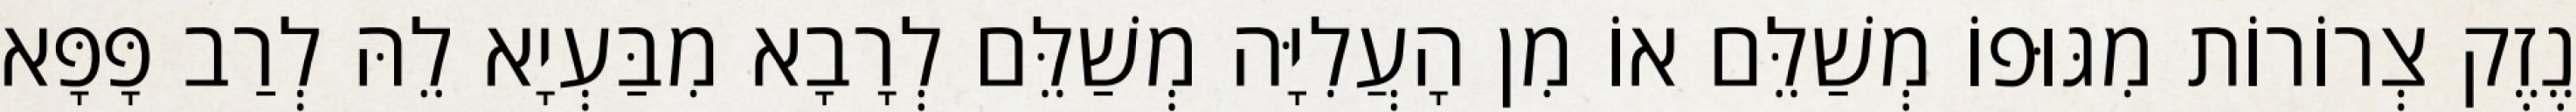
נֶזֶק צְרוֹרוֹת מִגּוּפוֹ מְשַׁלֵּם אוֹ מִן הָעֲלִיָּה מְשַׁלֵּם לְרָבָא מִבַּעְיָא לֵהּ לְרַב פָּפָּא